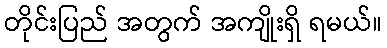
တိုင်းပြည် အတွက် အကျိုးရှိ ရမယ်။